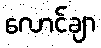
လောင်ချာ